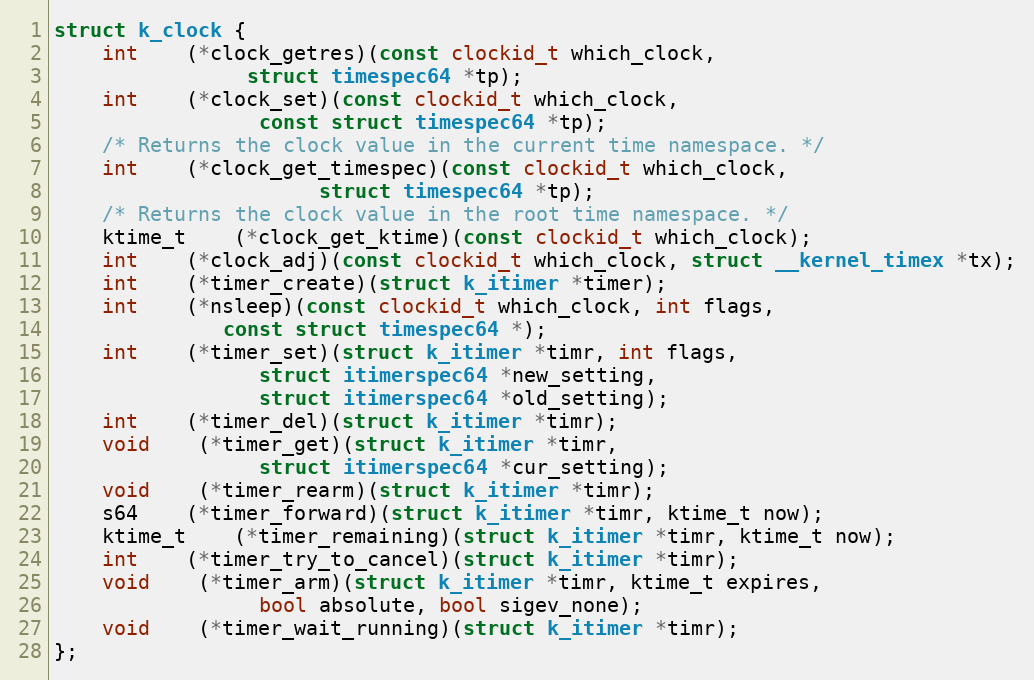
Language: C
struct k_clock {
	int	(*clock_getres)(const clockid_t which_clock,
				struct timespec64 *tp);
	int	(*clock_set)(const clockid_t which_clock,
			     const struct timespec64 *tp);
	/* Returns the clock value in the current time namespace. */
	int	(*clock_get_timespec)(const clockid_t which_clock,
				      struct timespec64 *tp);
	/* Returns the clock value in the root time namespace. */
	ktime_t	(*clock_get_ktime)(const clockid_t which_clock);
	int	(*clock_adj)(const clockid_t which_clock, struct __kernel_timex *tx);
	int	(*timer_create)(struct k_itimer *timer);
	int	(*nsleep)(const clockid_t which_clock, int flags,
			  const struct timespec64 *);
	int	(*timer_set)(struct k_itimer *timr, int flags,
			     struct itimerspec64 *new_setting,
			     struct itimerspec64 *old_setting);
	int	(*timer_del)(struct k_itimer *timr);
	void	(*timer_get)(struct k_itimer *timr,
			     struct itimerspec64 *cur_setting);
	void	(*timer_rearm)(struct k_itimer *timr);
	s64	(*timer_forward)(struct k_itimer *timr, ktime_t now);
	ktime_t	(*timer_remaining)(struct k_itimer *timr, ktime_t now);
	int	(*timer_try_to_cancel)(struct k_itimer *timr);
	void	(*timer_arm)(struct k_itimer *timr, ktime_t expires,
			     bool absolute, bool sigev_none);
	void	(*timer_wait_running)(struct k_itimer *timr);
};